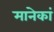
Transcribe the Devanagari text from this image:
मानेकां